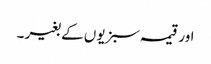
اور قیمہ سبزیوں کے بغیر ۔